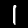
Digit: 1